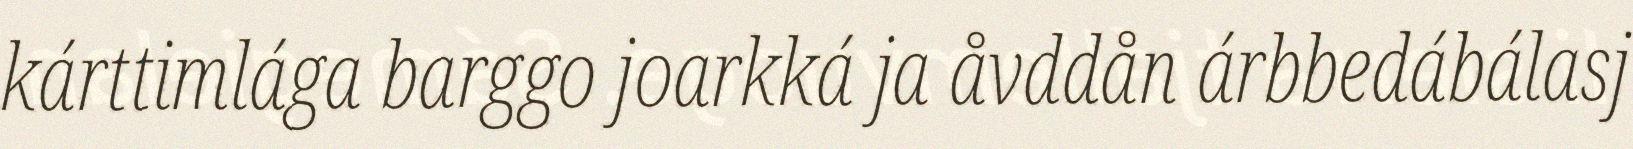
kárttimlága barggo joarkká ja åvddån árbbedábálasj